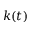
k ( t )